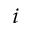
_ i